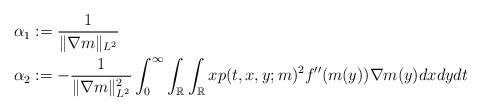
LaTeX: \begin{align*}&\alpha _1 := \frac{1}{\| \nabla m \|_{L^2}} \\&\alpha _2 := - \frac{1}{\| \nabla m \|_{L^2} ^2} \int _0^\infty \int _{\mathbb{R}} \int _{\mathbb{R}} x p(t,x,y;m)^2 f''(m(y)) \nabla m(y) dxdydt \end{align*}